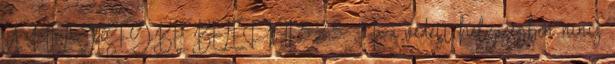
A HELYISÉGBE BELÉPNI 3.2.3. Ha a védett helyiségben nincs